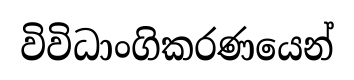
විවිධාංගිකරණයෙන්